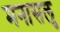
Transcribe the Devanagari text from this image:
मनासलु